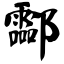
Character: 酃